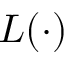
L ( \cdot )